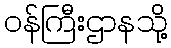
ဝန်ကြီးဌာနသို့